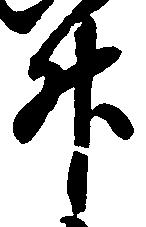
升